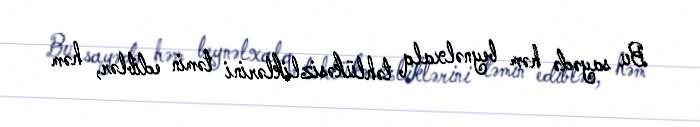
Bu sayədə həm beynəlxalq təhlükəsizliklərini təmin ediblər, həm